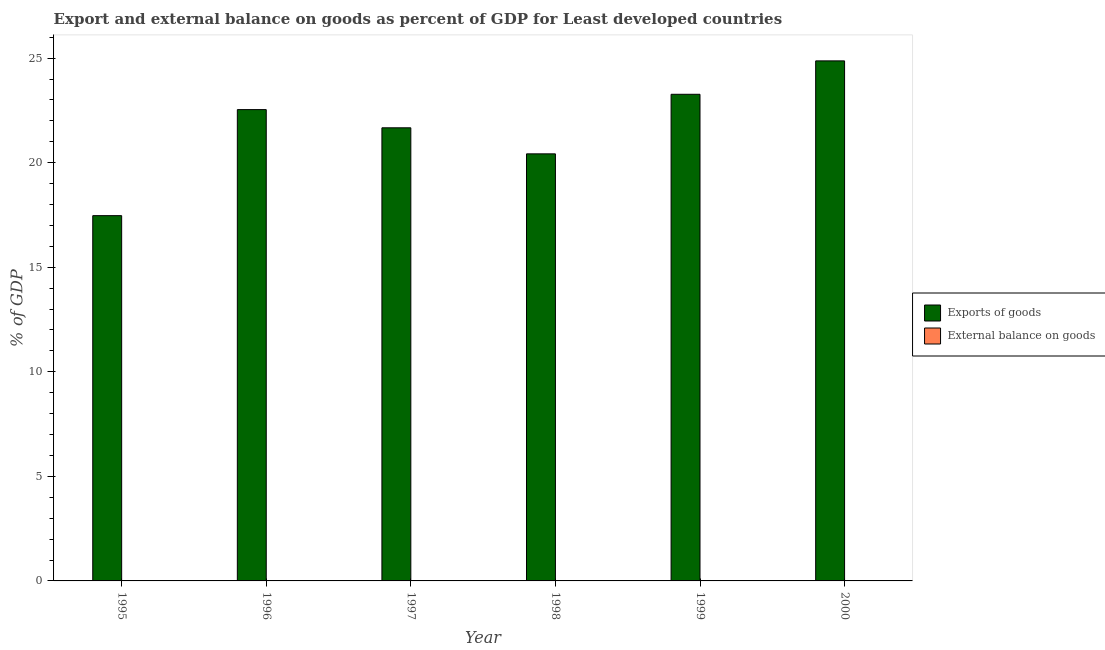
| Year | Exports of goods | External balance on goods |
 | --- | --- | --- |
 | 1995 | 17.5 | -13.2 |
 | 1996 | 22.5 | -12.1 |
 | 1997 | 21.7 | -9.75 |
 | 1998 | 20.4 | -13.7 |
 | 1999 | 23.3 | -10.6 |
 | 2000 | 24.9 | -6.19 |